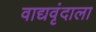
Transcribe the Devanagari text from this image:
वाद्यवृंदाला